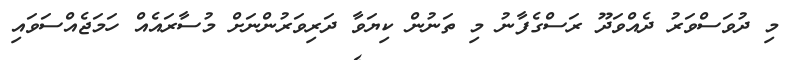
މި ދުވަސްވަރު ދެއްވަދޫ ރަސްގެފާނު މި ތަނުން ކިޔަވާ ދަރިވަރުންނަށް މުސާރައެއް ހަމަޖެއްސަވައި